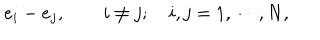
{ e _ { i } - e _ { j } , \quad \quad i \neq j ; \quad i , j = 1 , \cdots , N , }